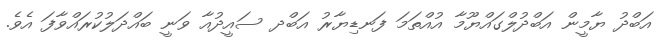
އަބްދު ޔާމީން އަބްދުލްގައްޔޫމާ އުއްތަމަ ފަނޑިޔާރު އަބްދ ސައީދުއާ ވަނީ ބައްދަލުކުރައްވާފަ އެވެ.